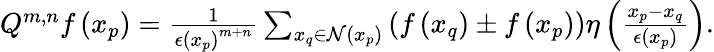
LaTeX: \begin{array}{r}{Q^{m,n}f\left(x_{p}\right)=\frac{1}{\epsilon\left(x_{p}\right)^{m+n}}\sum_{x_{q}\in\mathcal{N}\left(x_{p}\right)}\left(f\left(x_{q}\right)\pm f\left(x_{p}\right)\right)\eta\left(\frac{x_{p}-x_{q}}{\epsilon\left(x_{p}\right)}\right).}\end{array}